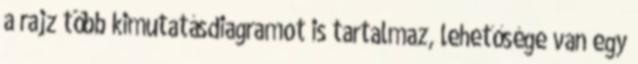
a rajz több kimutatásdiagramot is tartalmaz, lehetősége van egy